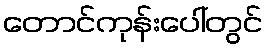
တောင်ကုန်းပေါ်တွင်